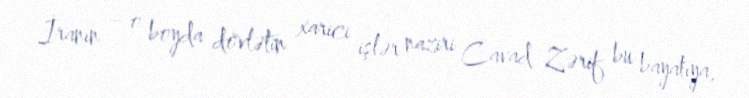
İranın – o boyda dövlətin xarici işlər naziri Cavad Zərif bu bayatıya,